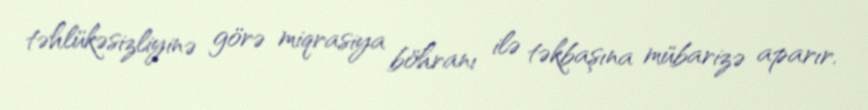
təhlükəsizliyinə görə miqrasiya böhranı ilə təkbaşına mübarizə aparır.